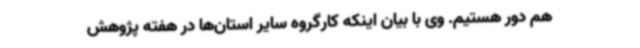
هم دور هستیم. وی با بیان اینکه کارگروه سایر استان‌ها در هفته پژوهش